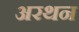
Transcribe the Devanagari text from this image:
अरथन